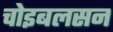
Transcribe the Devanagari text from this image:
चोइबलसन